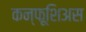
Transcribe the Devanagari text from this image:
कन्फूशिअस